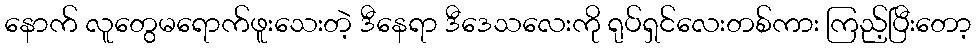
နောက် လူတွေမရောက်ဖူးသေးတဲ့ ဒီနေရာ ဒီဒေသလေးကို ရုပ်ရှင်လေးတစ်ကား ကြည့်ပြီးတော့